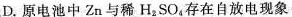
D.原电池中Zn与稀H_{2}SO_{4}存在自放电现象